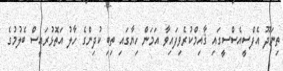
ތިނަދޫ އެފްސީއެސްސީގައި ޤާއިމްކުރެވިފައިވާ އަމަން ހިޔާގައި ތިބި ކުދިންގެ ހާލު އަތޮޅުރައީސް ބެލުމުގެ